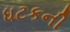
ધટકની